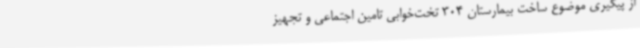
از پیگیری موضوع ساخت بیمارستان‌ 304 تخت‌خوابی تامین اجتماعی و تجهیز